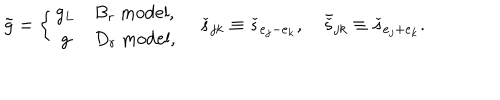
\tilde { g } = \left\{ \begin{array} { c l } { { g _ { L } } } & { { B _ { r } \ \mathrm { m o d e l } , } } \\ { { g } } & { { D _ { r } \ \mathrm { m o d e l } , } } \\ \end{array} \right. \quad \check { s } _ { j k } \equiv \check { s } _ { e _ { j } - e _ { k } } , \quad \bar { \check { s } } _ { j k } \equiv \check { s } _ { e _ { j } + e _ { k } } .